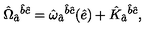
\hat { \Omega } _ { \hat { a } } { } ^ { \hat { b } \hat { c } } = \hat { \omega } _ { \hat { a } } { } ^ { \hat { b } \hat { c } } ( \hat { e } ) + \hat { K } _ { \hat { a } } { } ^ { \hat { b } \hat { c } } ,